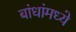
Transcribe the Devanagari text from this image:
बांधांमध्ये